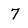
Character: 7